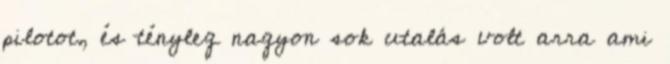
pilotot, és tényleg nagyon sok utalás volt arra ami